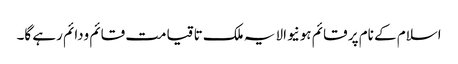
اسلام کے نام پر قائم ہونیوالا یہ ملک تا قیامت قائم ودائم رہے گا۔